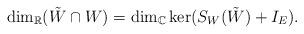
LaTeX: \begin{align*}\dim_{\mathbb{R}}(\tilde{W}\cap W)=\dim_{\mathbb{C}}\ker(S_W(\tilde{W})+I_E).\end{align*}